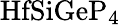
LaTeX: \mathrm{HfSiGeP_{4}}